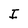
Character: I